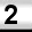
Digit: 2